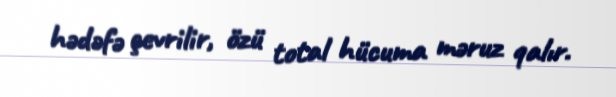
hədəfə çevrilir, özü total hücuma məruz qalır.